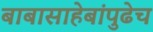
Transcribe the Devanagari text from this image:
बाबासाहेबांपुढेच